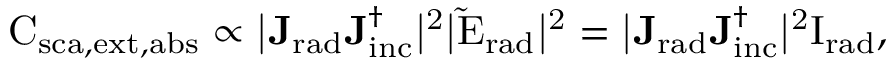
\mathrm { C _ { \mathrm { { s c a } , \mathrm { { e x t } , \mathrm { { a b s } } } } } \propto | \mathbf { J _ { \mathrm { { r a d } } } } \mathbf { J _ { \mathrm { { i n c } } } ^ { \dagger } } | ^ { 2 } | \tilde { \mathrm { { E } } } _ { \mathrm { { r a d } } } | ^ { 2 } = | \mathbf { J _ { \mathrm { { r a d } } } } \mathbf { J _ { \mathrm { { i n c } } } ^ { \dagger } } | ^ { 2 } \mathrm { { I } } _ { \mathrm { { r a d } } } , }